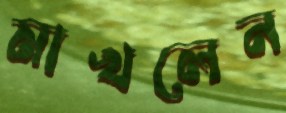
মাখলেন